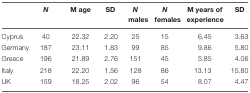
<table><thead><tr><td></td><td><b><i>N</i></b></td><td><b>M age</b></td><td><b>SD</b></td><td><b><i>N</i> males</b></td><td><b><i>N</i> females</b></td><td><b>M years of experience</b></td><td><b>SD</b></td></tr></thead><tbody><tr><td>Cyprus</td><td>40</td><td>22.32</td><td>2.20</td><td>25</td><td>15</td><td>6.45</td><td>3.63</td></tr><tr><td>Germany</td><td>187</td><td>23.11</td><td>1.83</td><td>99</td><td>85</td><td>9.86</td><td>5.80</td></tr><tr><td>Greece</td><td>196</td><td>21.89</td><td>2.76</td><td>151</td><td>45</td><td>5.85</td><td>4.06</td></tr><tr><td>Italy</td><td>218</td><td>22.20</td><td>1.56</td><td>128</td><td>86</td><td>13.13</td><td>15.80</td></tr><tr><td>UK</td><td>159</td><td>18.25</td><td>2.02</td><td>96</td><td>54</td><td>8.07</td><td>4.47</td></tr></tbody></table>